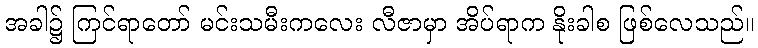
အခါ၌ ကြင်ရာတော် မင်းသမီးကလေး လီဇာမှာ အိပ်ရာက နိုးခါစ ဖြစ်လေသည်။